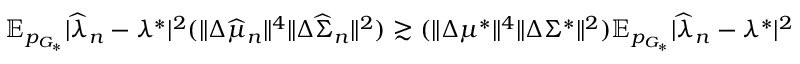
\begin{array} { r } { \mathbb { E } _ { p _ { G _ { * } } } | \widehat { \lambda } _ { n } - \lambda ^ { * } | ^ { 2 } ( \| \Delta \widehat { \mu } _ { n } \| ^ { 4 } \| \Delta \widehat { \Sigma } _ { n } \| ^ { 2 } ) \gtrsim ( \| \Delta \mu ^ { * } \| ^ { 4 } \| \Delta \Sigma ^ { * } \| ^ { 2 } ) \mathbb { E } _ { p _ { G _ { * } } } | \widehat { \lambda } _ { n } - \lambda ^ { * } | ^ { 2 } } \end{array}